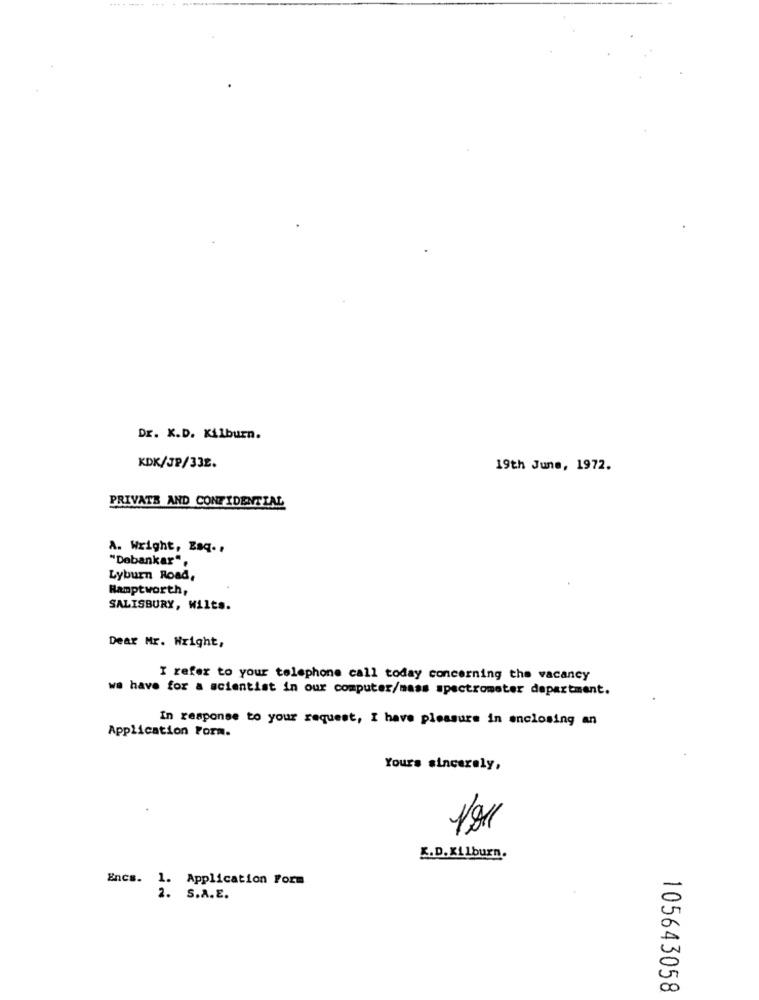
Dr. X.D. Kilburn.
KDK/JP/332.
19th June, 1972.
PRIVATE AND CONFIDENTIAL
A. Wright, Esq. .
"Debankar",
Lyburn Road,
Hamptworth,
SALISBURY, Wilts.
Dear Mr. Wright,
I refer to your telephone call today concerning the vacancy
we have for a scientist in our computer/mass spectrometer department.
In response to your request, I have pleasure in enclosing an
Application Form.
Yours sincerely,
K.D. Kilburn.
Encs.
1. Application Form
2. S.A.E.
A
00
105643058